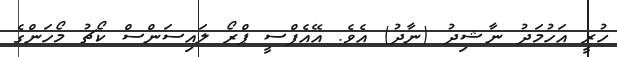
ހުރީ އަހުމަދު ނާޝިދު (ނާދު) އެވެ. އޭއެފްސީ ޕްރޯ ލައިސަންސް ކޯޗު މޯހަންގެ